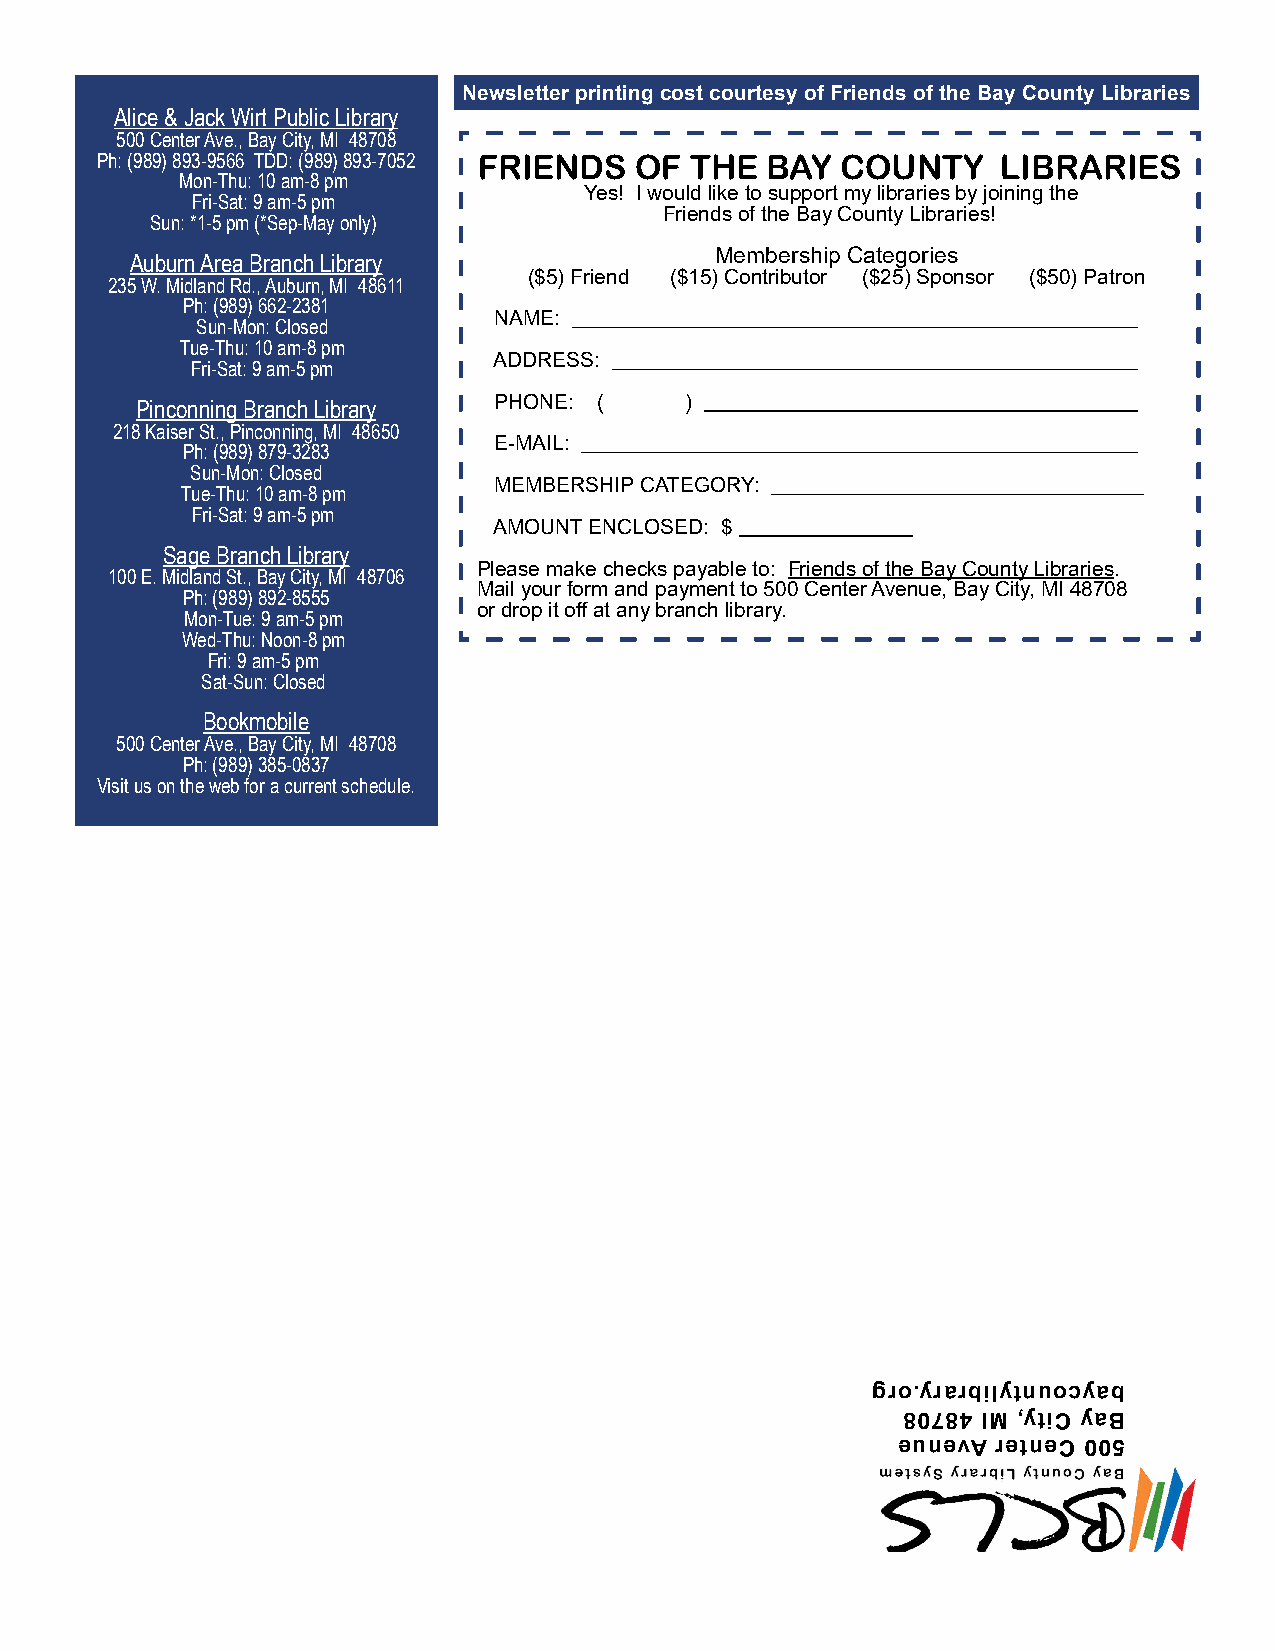
Newsletter printing cost courtesy of Friends of the Bay County Libraries
 Alice & Jack Wirt Public Library
 500 Center Ave., Bay City, MI 48708
 Ph: (989) 893-9566 TDD: (989) 893-7052 FRIENDS OF THE BAY COUNTY LIBRARIES
 Mon-Thu: 10 am-8 pm
 Yes! I would like to support my libraries by joining the
 Fri-Sat: 9 am-5 pm
 Friends of the Bay County Libraries!
 Sun: *1-5 pm (*Sep-May only)
 Membership Categories
 Auburn Area Branch Library
 ($5) Friend ($15) Contributor ($25) Sponsor ($50) Patron
 235 W. Midland Rd., Auburn, MI 48611
 Ph: (989) 662-2381
 NAME:
 Sun-Mon: Closed
 Tue-Thu: 10 am-8 pm
 ADDRESS:
 Fri-Sat: 9 am-5 pm
 Pinconning Branch Library PHONE: (  )
 218 Kaiser St., Pinconning, MI 48650
 E-MAIL:
 Ph: (989) 879-3283
 Sun-Mon: Closed
 MEMBERSHIP CATEGORY:
 Tue-Thu: 10 am-8 pm
 Fri-Sat: 9 am-5 pm
 AMOUNT ENCLOSED: $
 Sage Branch Library
 Please make checks payable to: Friends of the Bay County Libraries.
 100 E. Midland St., Bay City, MI 48706
 Mail your form and payment to 500 Center Avenue, Bay City, MI 48708
 Ph: (989) 892-8555
 or drop it off at any branch library.
 Mon-Tue: 9 am-5 pm
 Wed-Thu: Noon-8 pm
 Fri: 9 am-5 pm
 Sat-Sun: Closed
 Bookmobile
 500 Center Ave., Bay City, MI 48708
 Ph: (989) 385-0837
 Visit us on the web for a current schedule.
 gro.yrarbilytnuocyab
 80784 IM ,ytiC yaB
 eunevA retneC 005